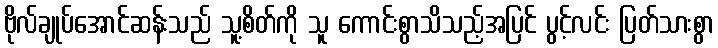
ဗိုလ်ချုပ်အောင်ဆန်းသည် သူ့စိတ်ကို သူ ကောင်းစွာသိသည့်အပြင် ပွင့်လင်း ပြတ်သားစွာ